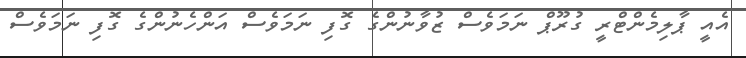
އެއީ ޕާލިމެންޓްރީ ގުރޫޕް ނަމަވެސް ޒުވާނުންގެ ގޮފި ނަމަވެސް އަންހެނުންގެ ގޮފި ނަމަވެސް